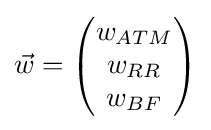
{\vec {w}}={\begin{pmatrix}w_{ATM}\\w_{RR}\\w_{BF}\end{pmatrix}}